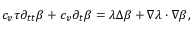
\begin{array} { r } { c _ { v } \tau \partial _ { t t } \beta + c _ { v } \partial _ { t } \beta = \lambda \Delta \beta + \nabla \lambda \cdot \nabla \beta , } \end{array}